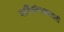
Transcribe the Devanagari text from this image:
वार्षिकोत्सवातली